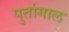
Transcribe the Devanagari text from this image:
पुर्तागाल